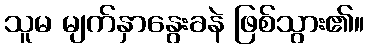
သူမ မျက်နှာနွေးခနဲ ဖြစ်သွား၏။